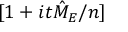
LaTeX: [ 1 + i t { \hat { M } } _ { E } / n ]